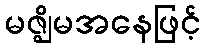
မဇ္ဈိမအနေဖြင့်